Report of the Municipal Commissioner on the plague in Bombay for the year ending 31st May... - Volume 3
Disease focus: Plague
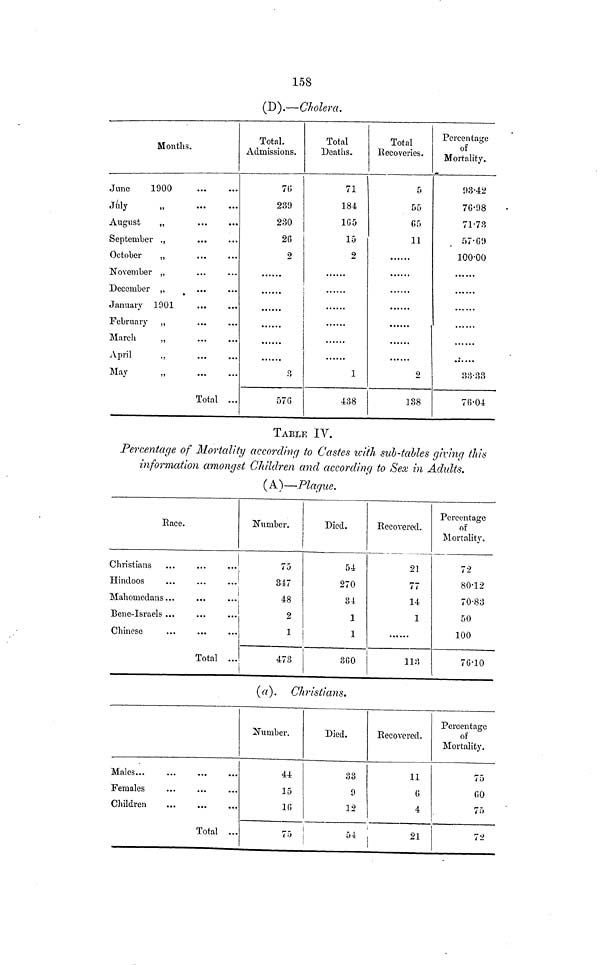
158
(D).—Cholera.
Months.
June
1900
July
August
„
September „
October
,,
November „
December „
January 1901
February „
March
„
April
„
May
„
Total ...
Total.
Admissions.
70
239
230
26
2
3
3
57 G
Total
Deaths.
71
184
1G5
15
2
1
438
Total
Recoveries.
5
55
G 5
11
2
138
Percentage
of
Mortality.
93·42
76·98
71·73
57·69
100·00
•
33·33
76·04
TABLE IV.
Percentage of Mortality according to Castes with sub-talles giving this
information amongst Children and according to Sex in Adults.
(A)—Plague.
Race.
Christians
Hindoos
Mahomedans
Bene-Israels
Chinese
Total ...
Number.
75
347
48
2
3
473
Died.
54
270
34
1
1
360
Recovered.
21
77
14
1
113
Percentage
of
Mortality.
72
80·12
70·83
50
100
76·10
(a). Christians.
Females
Children
Total ...
Number.
44
15
16
75
Died.
33
9
12
I
5 4
Recovered.
11
G
4
21
Percentage
of
Mortality.
75
GO
75
72